Calcutta medical institutions reports 1892-1900
Year: 1892
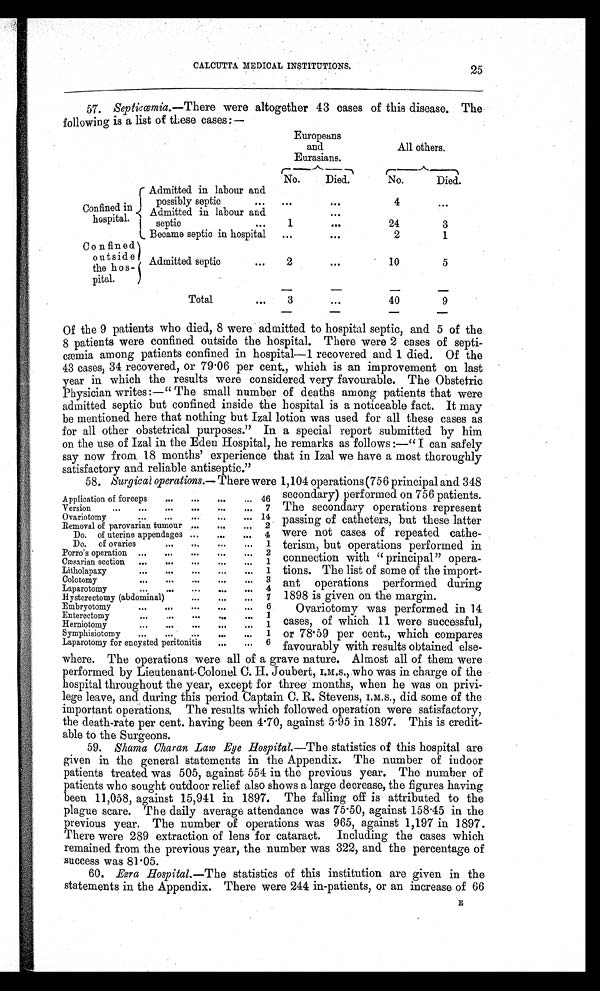
CALCUTTA MEDICAL INSTITUTIONS.
57. Septicœmia. —There were altogether 43 cases of this disease. The
following is a list of these cases:—
Europeans
and
Eurasians.
All others.
No.
Died.
No.
Died.
Confined in
hospital.
Admitted in labour and
possibly septic
. . .
. . .
...
4
. . .
Admitted in labour and
. . .
septic
. . .
1
. . .
24
3
Became septic in hospital
...
. . .
2
1
Confined
outside
the hos-
pital.
Admitted septic
. . .
2
...
10
5
Total
. . .
3
. . .
40
9
Of the 9 patients who died, 8 were admitted to hospital septic, and 5 of the
8 patients were confined outside the hospital. There were 2 cases of septi-
cæmia among patients confined in hospital—1 recovered and 1 died. Of the
43 cases, 34 recovered, or 79.06 per cent., which is an improvement on last
year in which the results were considered very favourable. The Obstetric
Physician writes :—" The small number of deaths among patients that were
admitted septic but confined inside the hospital is a noticeable fact. It may
be mentioned here that nothing but Izal lotion was used for all these cases as
for all other obstetrical purposes." In a special report submitted by him
on the use of Izal in the Eden Hospital, he remarks as follows :—" I can safely
say now from. 18 months' experience that in Izal we have a most thoroughly
satisfactory and reliable antiseptic."
58. Surgical operations.— There were 1,104 operations (756 principal and 348
25
Application of forceps
. . .
. . . . . .
. . . 46
Version
...
...
...
. . .
...
. . . 7
Ovariotomy
...
...
. . . ...
... 14
Removal of parovarian tumour ...
. . .
. . . 2
Do. of uterine appendages ...
...
. . . 4
Do. of ovaries
...
...
...
... 1
Porro's operation ...
...
...
. . . ... 2
Cæsarian section ...
...
. . .
...
... 1
Litholapaxy
. . .
. . .
. . . ...
. . . 1
Colotomy
. . .
. . .
. . .
. . .
. . . 3
Laparotomy
...
. . .
. . .
. . .
... 4
Hysterectomy (abdominal)
...
. . .
... 7
Embryotomy
. . . ...
. . .
. . .
. . . 6
Enterectomy
. . .
...
. . .
...
. . . 1
Herniotomy
...
. . .
. . . . . .
. . . 1
Symphisiotomy
. . .
. . .
. . . ...
... 1
Laparotomy for encysted peritonitis
. . .
... 6
secondary) performed on. 756 patients.
The secondary operations represent
passing of catheters, but these latter
were not cases of repeated cathe-
terism, but operations performed in
connection with " principal" opera-
tions. The list of some of the import-
ant operations performed during
1898 is given on the margin.
Ovariotomy was performed in 14
cases, of which 11 were successful,
or 78.59 per cent., which compares
favourably with results obtained else-
where. The operations were all of a grave nature. Almost all of them were
performed by Lieutenant-Colonel C. H. Joubert, I.M.S., who was in charge of the
hospital throughout the year, except for three months, when he was on privi-
lege leave, and during this period Captain C. R. Stevens, I.M.S., did some of the
i mport ant operat i ons. The resul t s whi ch fol l owed operat i on were sat i sfact ory,
the death-rate per cent. having been 4.70, against 5.95 in 1897. This is credit-
able to the Surgeons.
59. Shama Charan Law Eye Hospital. —The statistics of this hospital are
given in the general statements in the Appendix. The number of indoor
patients treated was 505, against 554 in the previous year. The number of
patients who sought outdoor relief also shows a large decrease, the figures having
been 11,058, against 15,941 in 1897. The falling off is attributed to the
plague scare. The daily average attendance was 75.50, against 158.45 in the
previous year. The number of operations was 965, against 1,197 in 1897.
There were 289 extraction of lens for cataract. Including the cases which
remained from the previous year, the number was 322, and the percentage of
success was 81.05.
60. Ezra Hospital. —The statistics of this institution are given in the
statements in the Appendix. There were 244 in-patients, or an increase of 66
E